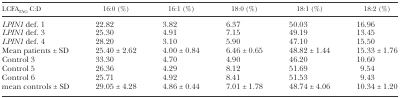
| LCFATAG C:D | 16:0 (%) | 16:1 (%) | 18:0 (%) | 18:1 (%) | 18:2 (%) |
 | --- | --- | --- | --- | --- | --- |
 | LPIN1 def. 1 | 22.82 | 3.82 | 6.37 | 50.03 | 16.96 |
 | LPIN1 def. 3 | 25.30 | 4.91 | 7.15 | 49.19 | 13.45 |
 | LPIN1 def. 4 | 28.20 | 3.10 | 5.90 | 47.10 | 15.50 |
 | Mean patients ± SD | 25.40 ± 2.62 | 4.00 ± 0.84 | 6.46 ± 0.65 | 48.82 ± 1.44 | 15.33 ± 1.76 |
 | Control 3 | 33.30 | 4.70 | 4.90 | 46.20 | 10.60 |
 | Control 5 | 26.36 | 4.29 | 8.12 | 51.69 | 9.54 |
 | Control 6 | 25.71 | 4.92 | 8.41 | 51.53 | 9.43 |
 | mean controls ± SD | 29.05 ± 4.28 | 4.86 ± 0.44 | 7.01 ± 1.78 | 48.74 ± 4.06 | 10.34 ± 1.20 |